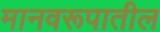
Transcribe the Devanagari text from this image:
मानवरूपातील